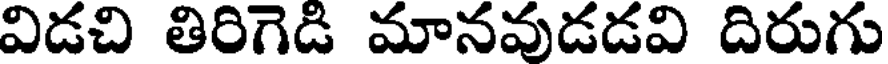
విడచి తిరిగెడి మానవుడడవి దిరుగు